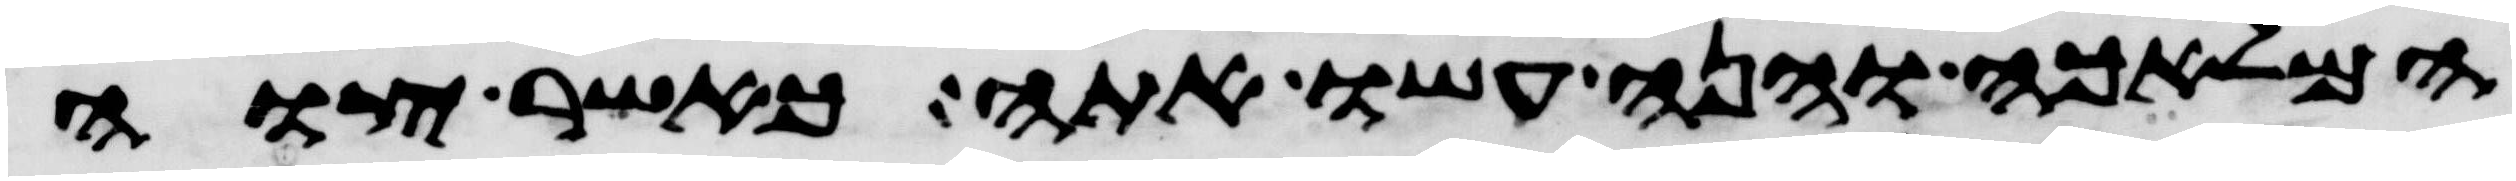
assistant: המלאכה והנה עשו אתה כאשר צוה